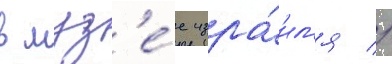
в муз'е́е изра́ил'я //